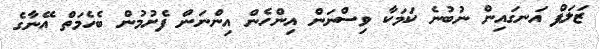
ޒަލަފް އަނގައިން ނުބުނެ ކަމަކާ ވިސްނަން އިންހެން އިންނަން ފެށުމުން ބެހެމަތް އޭނާގެ